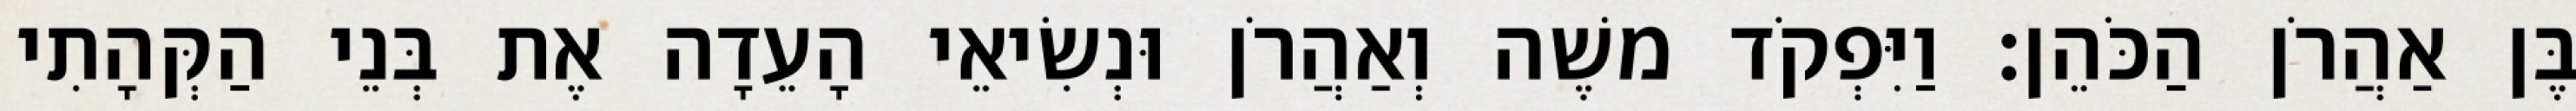
בֶּן אַהֲרֹן הַכֹּהֵן׃ וַיִּפְקֹד משֶׁה וְאַהֲרֹן וּנְשִׂיאֵי הָעֵדָה אֶת בְּנֵי הַקְּהָתִי